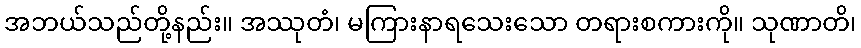
အဘယ်သည်တို့နည်း။ အဿုတံ၊ မကြားနာရသေးသော တရားစကားကို။ သုဏာတိ၊